Civil Veterinary Dept. North-West Frontier Province 1923-32 - 1923-1932
Year: 1923
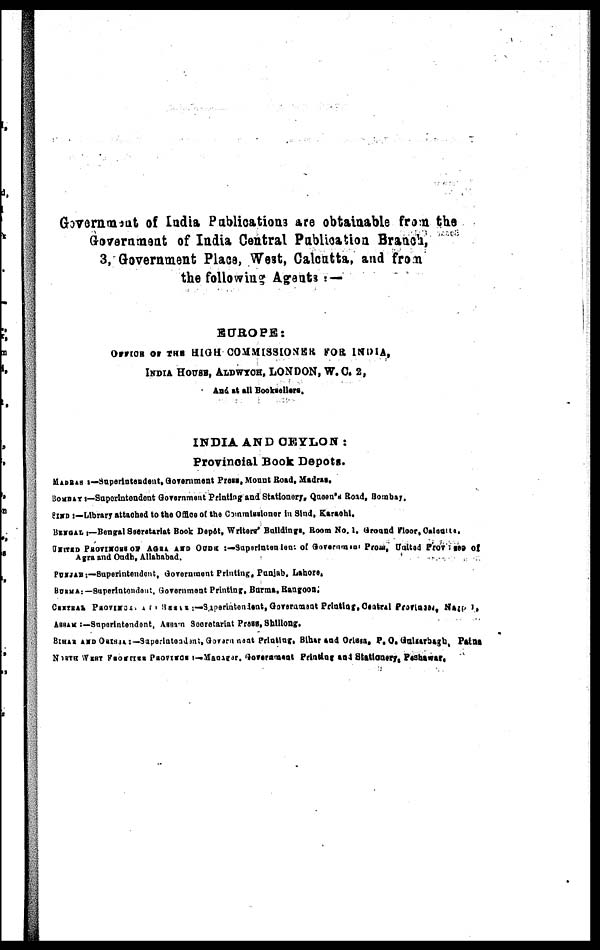
Government of India Publications are obtainable from the
Government of India Central Publication Branch,
3, Government Place, West, Calcutta, and from
the following Agrents:—
EUROPE:
OFFICE OF THE HIGH COMMISSIONER FOR INDIA,
INDIA HOUSE, ALDWYCH, LONDON, W. C. 2,
And at all Booksellers.
INDIA AND CEYLON:
Provincial Book Depots.
MADRAS:—Superintendent, Government Press, Mount Road, Madras,
BOMBAY:—Superintendent Government Printing and Stationery, Queen's Road, Bombay,
SIND:—Library attached to the Office of the Commissioners in Sind, Karachi.
BENGAL:—Bengal Secretariat Book Depôt, Writers' Buildings, Room Mo, 1, Ground Floor, Calcutta.
UNITED PROVINCES OF AGRA AND OUDH:—Superintendent of Government Press, United Province of
Agra and Oudh, Allahabad.
PUNJAB:—Superintendent, Government Printing, Punjab. Lahore.
BURMA:—Superintendent, Government Printing, Burma, Rangoon,
CANTRAL PROVINCE AND BESAR—Superintendent, Government Printing, Central Provinces, N
ASSAM:—Superintendent, Assam secretariat Press, Shillong,
BIHAR AND ORISSA:—Superinteadant, Government Printing, Bihar and Orissa, P. O. Gusarbagh, Patna
NORTH WEST FRONTIER PROVINCE—Manager, Government Printing and Stationery, Peshawar.